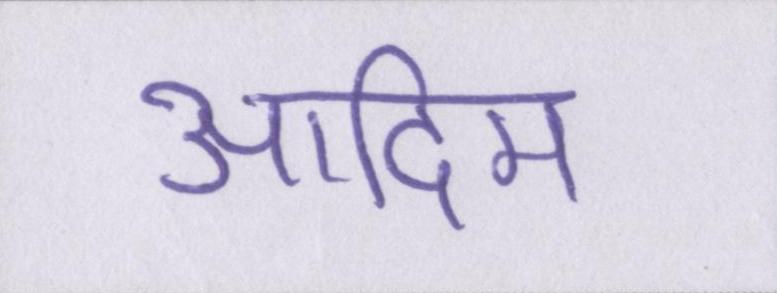
आदिम